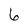
Character: 6